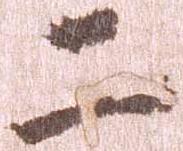
二